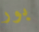
بور